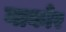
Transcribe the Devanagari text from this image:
नाकोर